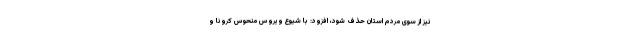
نیز از سوی مردم استان حذف شود، افزود: با شیوع ویروس منحوس کرونا و